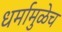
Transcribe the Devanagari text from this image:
धर्मामुळेच